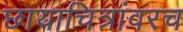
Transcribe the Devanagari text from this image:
छायाचित्रांवरच